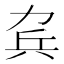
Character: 𠡥